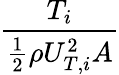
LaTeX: \frac{T_{i}}{\frac{1}{2}\rho U_{T,i}^{2}A}